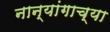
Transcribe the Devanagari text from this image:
नान्यांगाच्या